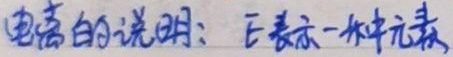
(电离的说明：$\mathrm{E}$表示一种元素)